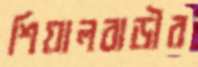
শিয়ালবাড়ীর